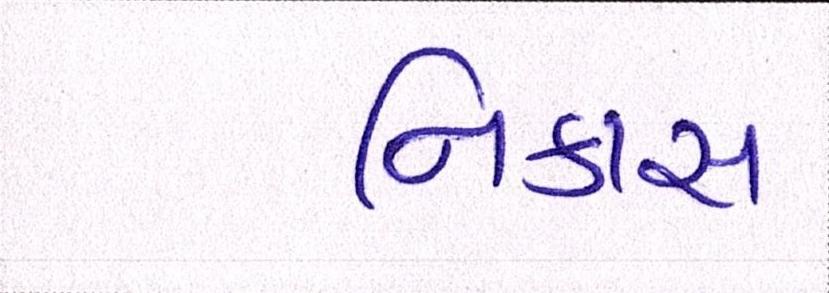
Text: નિકાસ